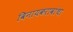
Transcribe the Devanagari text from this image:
विनायकरावांचा